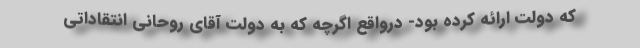
که دولت ارائه کرده بود- درواقع اگرچه که به دولت آقای روحانی انتقاداتی